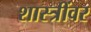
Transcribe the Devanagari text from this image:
शास्त्रींवर